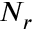
N _ { r }